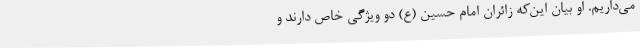
می‌داریم. او بیان این‌که زائران امام حسین (ع) دو ویژگی خاص دارند و